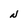
Character: N